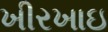
ખીરખાઇ